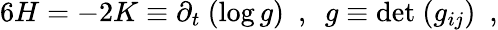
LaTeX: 6H=-2K\equiv\partial_{t}~(\log g)~~,~~g\equiv\mathrm{det}~(g_{ij})~~,